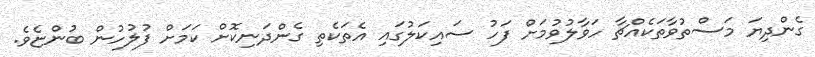
ގެންދިޔަ މަސްތުވާތަކެއްޗާ ހަވާލުވުމަށް ފަހު ސައިކަލުގައި އެތަކެތި ގެންދަނިކޮށް ކަމަށް ފުލުހުން ބުންޏެވެ.